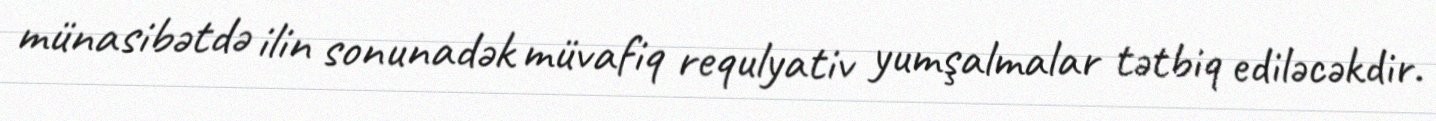
münasibətdə ilin sonunadək müvafiq requlyativ yumşalmalar tətbiq ediləcəkdir.